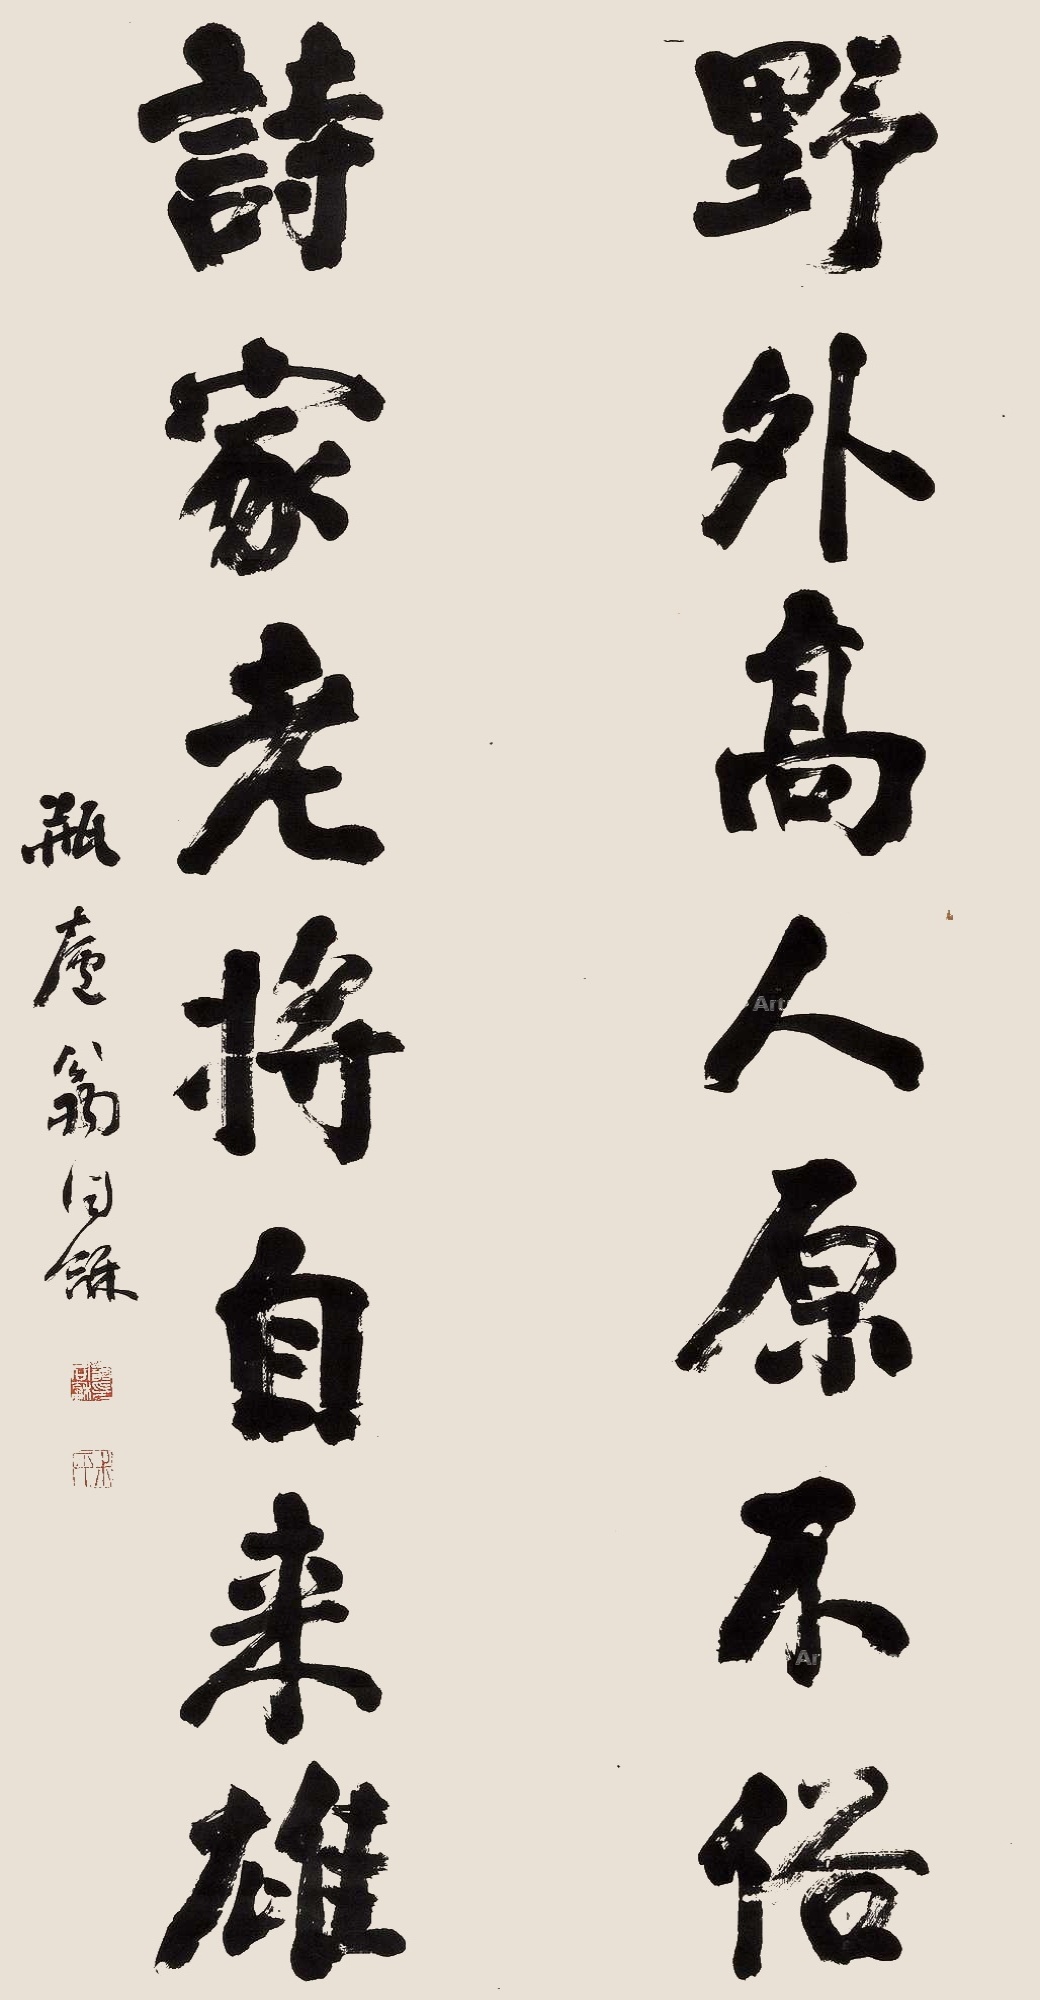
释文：野外高人原不俗，诗家老将自来雄。瓶庐翁同龢。